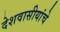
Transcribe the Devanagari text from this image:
देशवासीयांचे